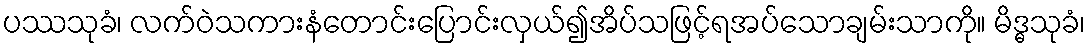
ပဿသုခံ၊ လက်ဝဲသကားနံတောင်းပြောင်းလှယ်၍အိပ်သဖြင့်ရအပ်သောချမ်းသာကို။ မိဒ္ဓသုခံ၊